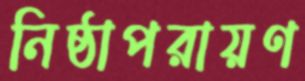
নিষ্ঠাপরায়ণ